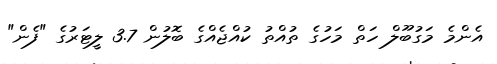
އެންމެ މަގުބޫލް ހަތް މަހުގެ ތުއްތު ކުއްޖެއްގެ ބޮލުން 3.7 ލީޓަރުގެ "ފެން"